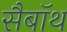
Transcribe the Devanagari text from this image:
सैबॉथ